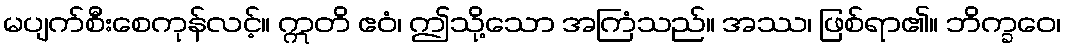
မပျက်စီးစေကုန်လင့်။ ဣတိ ဧဝံ၊ ဤသို့သော အကြံသည်။ အဿ၊ ဖြစ်ရာ၏။ ဘိက္ခဝေ၊